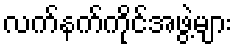
လက်နက်ကိုင်အဖွဲ့များ